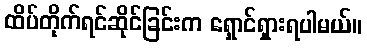
ထိပ်တိုက်ရင်ဆိုင်ခြင်းက ရှောင်ရှားရပါမယ်။